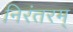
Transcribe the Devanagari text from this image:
निरंतरम्‌